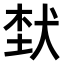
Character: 𤞷